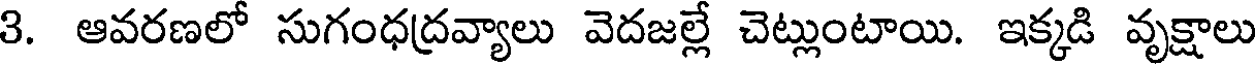
3. ఆవరణలో సుగంధద్రవ్యాలు వెదజల్లే చెట్లుంటాయి. ఇక్కడి వృక్షాలు